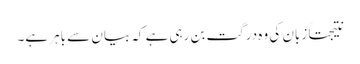
نتیجتاً زبان کی وہ درگت بن رہی ہے کہ بیان سے باہر ہے۔